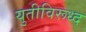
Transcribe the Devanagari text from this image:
युतीविरूध्द